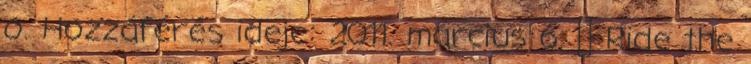
o. Hozzáférés ideje: 2011. március 6. ↑ Ride the